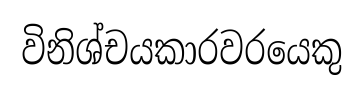
විනිශ්චයකාරවරයෙකු